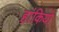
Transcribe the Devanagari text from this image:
हांकियो